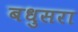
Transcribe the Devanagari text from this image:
बधुसरा